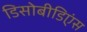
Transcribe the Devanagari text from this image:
डिसोबीडिएंस